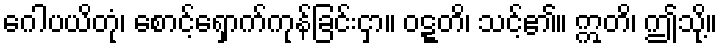
ဂေါပယိတုံ၊ စောင့်ရှောက်ကုန်ခြင်းငှာ။ ဝဋ္ဋတိ၊ သင့်၏။ ဣတိ၊ ဤသို့။